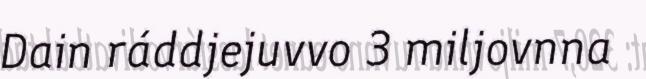
Dain ráddjejuvvo 3 miljovnna